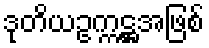
ဒုတိယဥက္ကဋ္ဌအဖြစ်